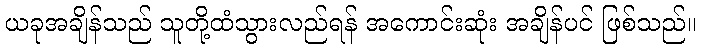
ယခုအချိန်သည် သူတို့ထံသွားလည်ရန် အကောင်းဆုံး အချိန်ပင် ဖြစ်သည်။